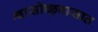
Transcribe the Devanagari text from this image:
श्वासोच्छ्वासात